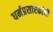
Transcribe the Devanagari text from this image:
धर्मप्रसारकांची